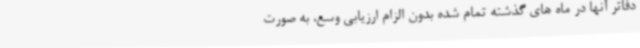
دفاتر آنها در ماه های گذشته تمام شده بدون الزام ارزیابی وسع، به صورت